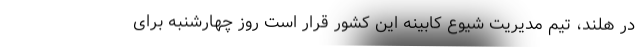
در هلند، تیم مدیریت شیوع کابینه این کشور قرار است روز چهارشنبه برای